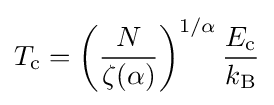
T_{\rm {c}}=\left({\frac {N}{\zeta (\alpha )}}\right)^{1/\alpha }{\frac {E_{\rm {c}}}{k_{\rm {B}}}}